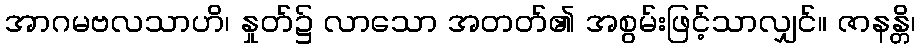
အာဂမဗလသာဟိ၊ နှုတ်၌ လာသော အတတ်၏ အစွမ်းဖြင့်သာလျှင်။ ဇာနန္တိ၊